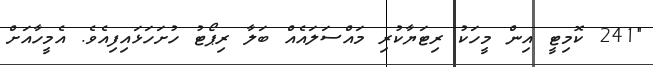
"241 ކޮމިޓީ އިން މީހަކު ރިޓަޔާކުރި މައްސަލައެއް ބަލާ ރިޕޯޓު ހުށަހަޅައިފިއެވެ. އެމީހާއަށް